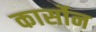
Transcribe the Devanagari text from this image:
कार्सोन